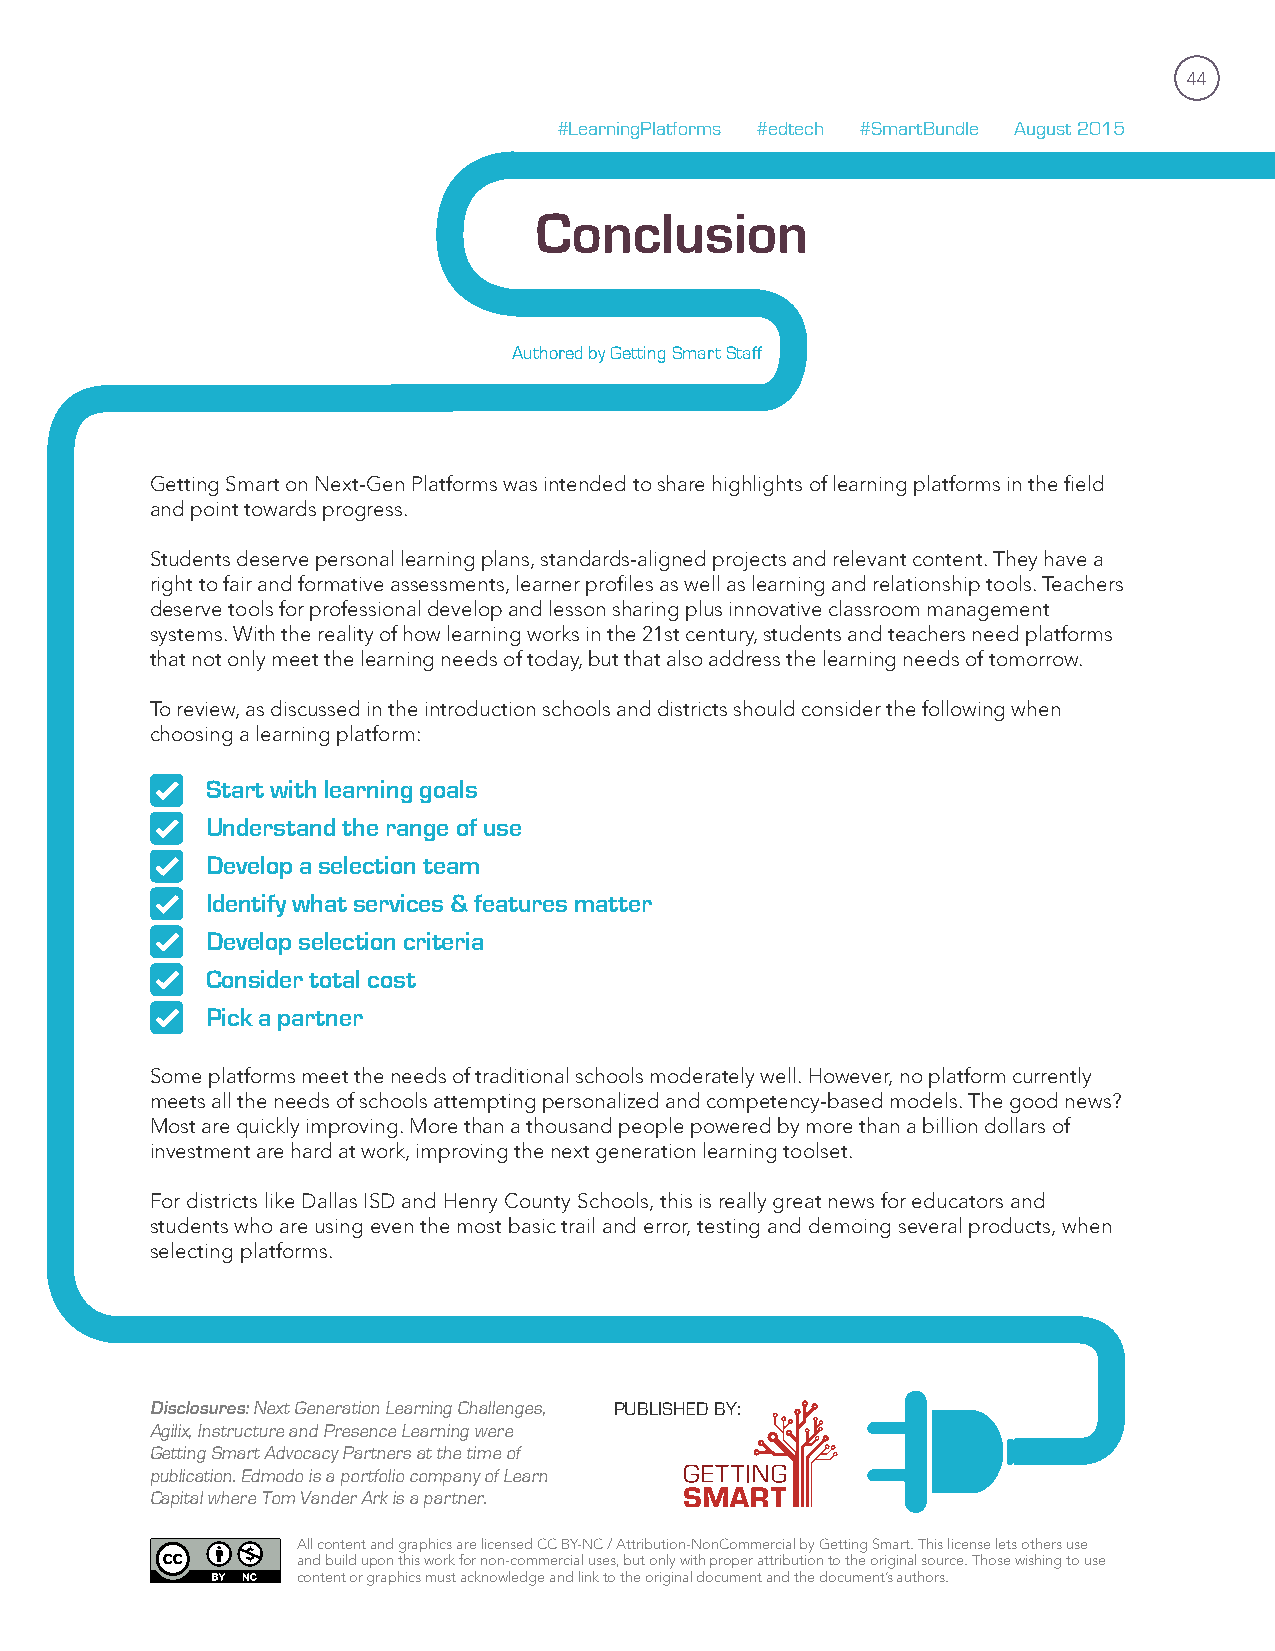
44
 #LearningPlatforms #edtech #SmartBundle August 2015
 Conclusion
 Authored by Getting Smart Staff
 Getting Smart on Next-Gen Platforms was intended to share highlights of learning platforms in the field
 and point towards progress.
 Students deserve personal learning plans, standards-aligned projects and relevant content. They have a
 right to fair and formative assessments, learner profiles as well as learning and relationship tools. Teachers
 deserve tools for professional develop and lesson sharing plus innovative classroom management
 systems. With the reality of how learning works in the 21st century, students and teachers need platforms
 that not only meet the learning needs of today, but that also address the learning needs of tomorrow.
 To review, as discussed in the introduction schools and districts should consider the following when
 choosing a learning platform:
 Start with learning goals
 Understand the range of use
 Develop a selection team
 Identify what services & features matter
 Develop selection criteria
 Consider total cost
 Pick a partner
 Some platforms meet the needs of traditional schools moderately well. However, no platform currently
 meets all the needs of schools attempting personalized and competency-based models. The good news?
 Most are quickly improving. More than a thousand people powered by more than a billion dollars of
 investment are hard at work, improving the next generation learning toolset.
 For districts like Dallas ISD and Henry County Schools, this is really great news for educators and
 students who are using even the most basic trail and error, testing and demoing several products, when
 selecting platforms.
 Disclosures: Next Generation Learning Challenges, PUBLISHED BY:
 Agilix, Instructure and Presence Learning were
 Getting Smart Advocacy Partners at the time of
 publication. Edmodo is a portfolio company of Learn
 Capital where Tom Vander Ark is a partner.
 All content and graphics are licensed CC BY-NC / Attribution-NonCommercial by Getting Smart. This license lets others use
 and build upon this work for non-commercial uses, but only with proper attribution to the original source. Those wishing to use
 content or graphics must acknowledge and link to the original document and the document’s authors.